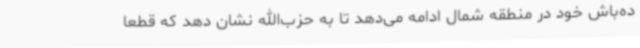
ده‌باش خود در منطقه شمال ادامه می‌دهد تا به حزب‌الله نشان دهد که قطعا